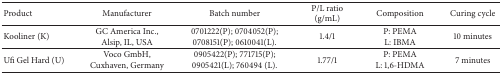
<table><thead><tr><td><b>Product</b></td><td><b>Manufacturer</b></td><td><b>Batch number</b></td><td><b>P/L ratio (g/mL)</b></td><td><b>Composition</b></td><td><b>Curing cycle</b></td></tr></thead><tbody><tr><td>Kooliner (K)</td><td>GC America Inc., Alsip, IL, USA</td><td>0701222(P); 0704052(P); 0708151(P); 0610041(L). </td><td>1.4/1</td><td>P: PEMAL: IBMA</td><td>10 minutes</td></tr><tr><td>Ufi Gel Hard (U)</td><td>Voco GmbH, Cuxhaven, Germany</td><td>0905422(P); 771715(P); 0905421(L); 760494 (L).</td><td>1.77/1</td><td>P: PEMAL: 1,6-HDMA</td><td>7 minutes</td></tr></tbody></table>